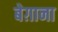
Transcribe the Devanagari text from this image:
बेग़ाना